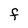
Character: F